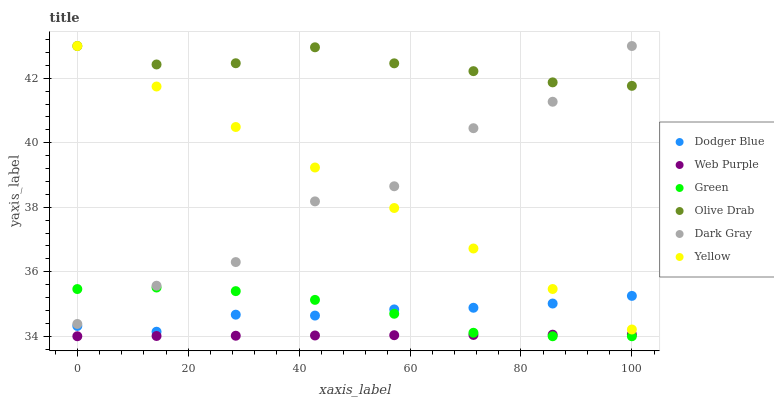
| xaxis_label | Dodger Blue | Web Purple | Green | Olive Drab | Dark Gray | Yellow |
 | --- | --- | --- | --- | --- | --- | --- |
 | 0 | 34.3 | 34 | 35.5 | 43 | 34.4 | 43 |
 | 14.3 | 34.1 | 34 | 35.5 | 42.4 | 35.6 | 41.7 |
 | 28.6 | 34.7 | 34 | 35.4 | 42.5 | 36.3 | 40.5 |
 | 42.9 | 34.6 | 34 | 35.1 | 43 | 38.2 | 39.2 |
 | 57.1 | 34.8 | 34 | 34.7 | 42.5 | 38.7 | 38 |
 | 71.4 | 34.9 | 34 | 34.1 | 42.2 | 40.5 | 36.7 |
 | 85.7 | 35 | 34 | 34 | 41.9 | 41.3 | 35.5 |
 | 100 | 35.3 | 34.1 | 34 | 41.8 | 43 | 34.2 |